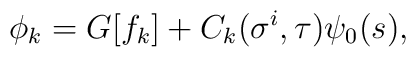
\phi_k = G[f_k] + C_k(\sigma^i, \tau) \psi_0(s),